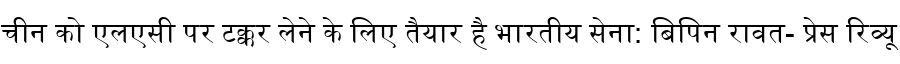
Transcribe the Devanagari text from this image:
चीन को एलएसी पर टक्कर लेने के लिए तैयार है भारतीय सेना: बिपिन रावत- प्रेस रिव्यू